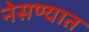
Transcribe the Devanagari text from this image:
नेसण्यात